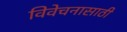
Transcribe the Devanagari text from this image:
विवेचनासाठी